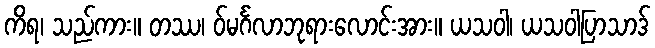
ကိရ၊ သည်ကား။ တဿ၊ ဝ်မင်္ဂလာဘုရားလောင်းအား။ ယသဝါ၊ ယသဝါပြာသာဒ်